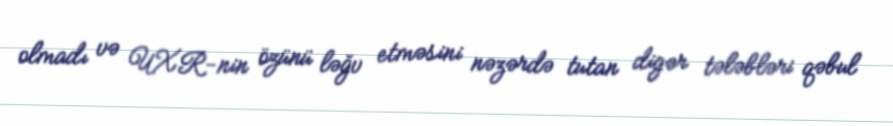
olmadı və UXR-nin özünü ləğv etməsini nəzərdə tutan digər tələbləri qəbul